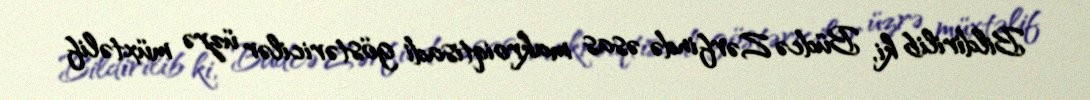
Bildirilib ki, Büdcə Zərfində əsas makroiqtisadi göstəricilər üzrə müxtəlif